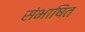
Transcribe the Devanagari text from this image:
संभाषित